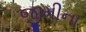
જીમીના